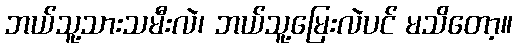
ဘယ်သူ့သားသမီးလဲ၊ ဘယ်သူ့မြေးလဲပင် မသိတော့။